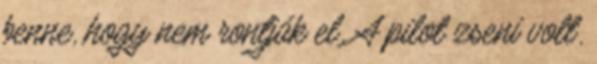
benne, hogy nem rontják el. A pilot zseni volt.